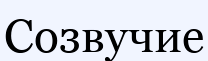
Созвучие